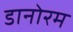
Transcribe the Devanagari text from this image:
डानोरम